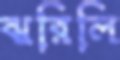
ঝরিলি